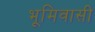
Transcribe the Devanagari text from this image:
भूमिवासी